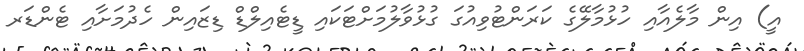
އީ) އިން މާލެއާއި ހުޅުމާލޭގެ ކަރަންޓުވިއުގަ ގުޅުވާލުމަށްޓަކައި ޑީޓެއިލްޑް ޑިޒައިން ހެދުމަށާއި ޓެންޑަރ